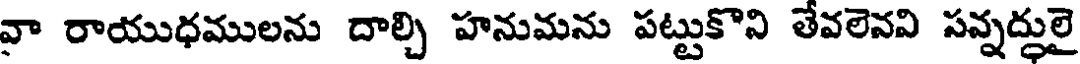
వా రాయుధములను దాల్చి హనుమను పట్టుకొని తేవలెవవి పవ్నద్ధులై